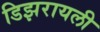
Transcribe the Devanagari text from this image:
डिझरायली